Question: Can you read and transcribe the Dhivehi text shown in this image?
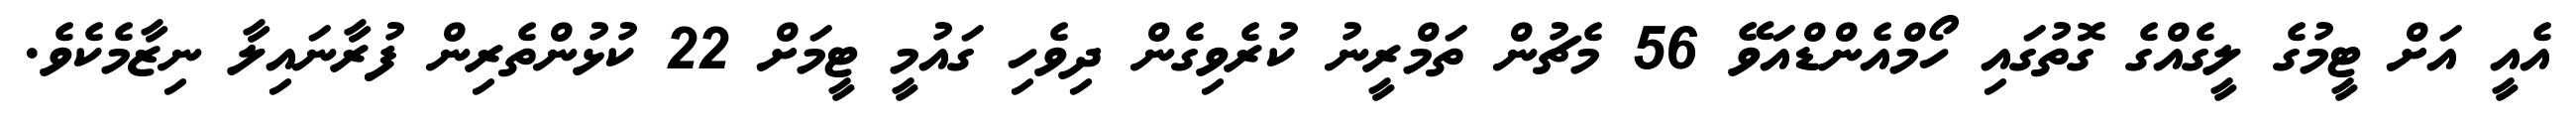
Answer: އެއީ އަށް ޓީމުގެ ލީގެއްގެ ގޮތުގައި ހޯމްއެންޑްއަވޭ 56 މެޗުން ތަމްރީނު ކުރެވިގެން ދިވެހި ގައުމީ ޓީމަށް 22 ކުޅުންތެރިން ފުރާނައިލާ ނިޒާމެކެވެ.